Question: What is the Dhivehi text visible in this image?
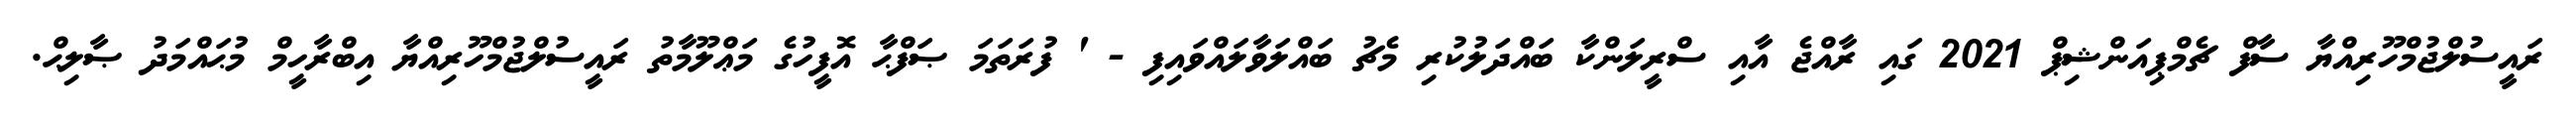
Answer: ރައީސުލްޖުމްހޫރިއްޔާ ސާފް ޗެމްޕިއަންޝިޕް 2021 ގައި ރާއްޖެ އާއި ސްރީލަންކާ ބައްދަލުކުރި މެޗު ބައްލަވާލައްވައިފި - ' ފުރަތަމަ ޞަފްޙާ އޮފީހުގެ މަޢްލޫމާތު ރައީސުލްޖުމްހޫރިއްޔާ އިބްރާހީމް މުޙައްމަދު ޞާލިޙް.